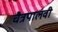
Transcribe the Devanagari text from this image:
चैत्रपालवी